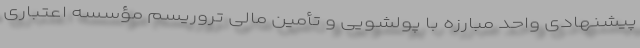
پیشنهادی واحد مبارزه با پولشویی و تأمین مالی تروریسم مؤسسه اعتباری